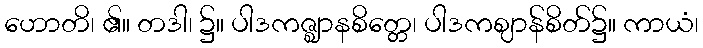
ဟောတိ၊ ၏။ တဒါ၊ ၌။ ပါဒကဇ္ဈာနစိတ္တေ၊ ပါဒကဈာန်စိတ်၌။ ကာယံ၊